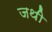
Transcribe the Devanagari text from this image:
जथी